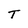
Character: T